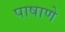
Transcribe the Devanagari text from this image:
पाषाणे